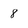
Character: 8